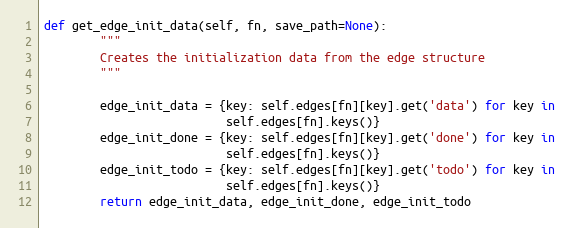
Language: Python
def get_edge_init_data(self, fn, save_path=None):
        """
        Creates the initialization data from the edge structure
        """

        edge_init_data = {key: self.edges[fn][key].get('data') for key in
                          self.edges[fn].keys()}
        edge_init_done = {key: self.edges[fn][key].get('done') for key in
                          self.edges[fn].keys()}
        edge_init_todo = {key: self.edges[fn][key].get('todo') for key in
                          self.edges[fn].keys()}
        return edge_init_data, edge_init_done, edge_init_todo